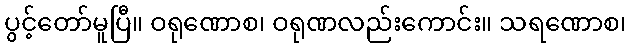
ပွင့်တော်မူပြီ။ ဝရုဏောစ၊ ဝရုဏလည်းကောင်း။ သရဏောစ၊